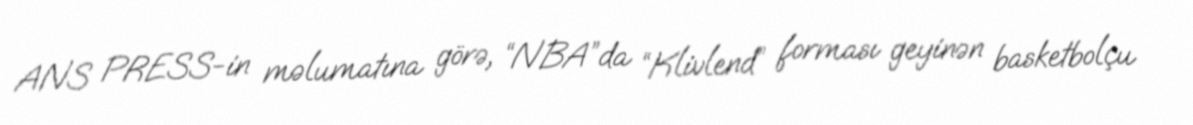
ANS PRESS-in məlumatına görə, “NBA”da “Klivlend” forması geyinən basketbolçu